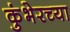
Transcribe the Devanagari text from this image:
कुंभेरच्या